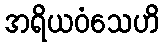
အရိယဝံသေဟိ